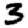
Digit: 3